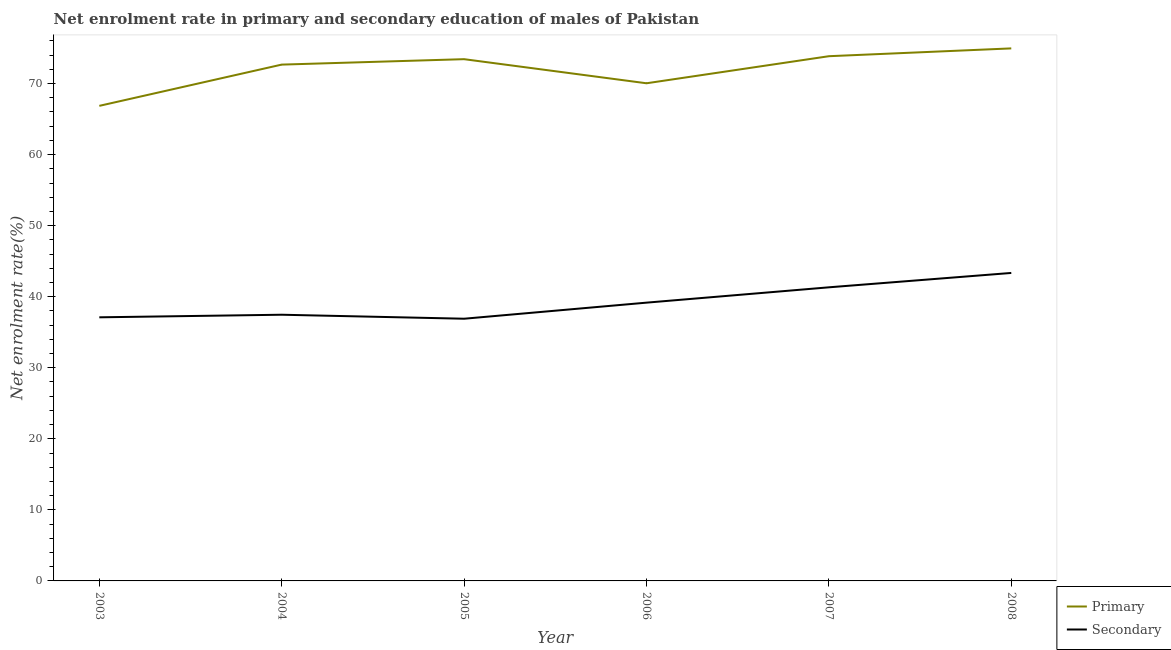
| Year | Primary | Secondary |
 | --- | --- | --- |
 | 2003 | 66.9 | 37.1 |
 | 2004 | 72.7 | 37.5 |
 | 2005 | 73.4 | 36.9 |
 | 2006 | 70 | 39.2 |
 | 2007 | 73.9 | 41.3 |
 | 2008 | 75 | 43.3 |